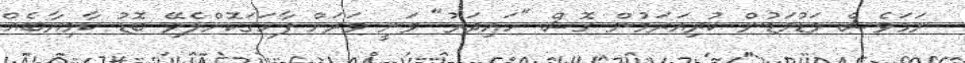
ނަމަވެސް މަޑުމަޑުން ކުރިއަރަމުން ގޮސް "ހައިދަރު" ވަނީ ވަރަށް ފާހަގަކޮށްލެވޭ ބޮޑު ކާމިޔާބެއް